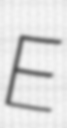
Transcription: E